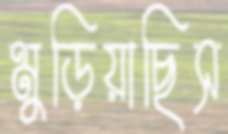
মুড়িয়াছিস